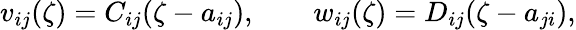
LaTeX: v_{ij}(\zeta)=C_{ij}(\zeta-a_{ij}),\qquad w_{ij}(\zeta)=D_{ij}(\zeta-a_{ji}),